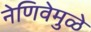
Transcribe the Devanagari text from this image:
नेणिवेमुळे